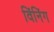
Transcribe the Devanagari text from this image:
विंनिंग